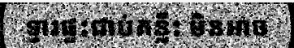
ទ្វារផ្ទះជាប់គន្លឹះ មិនអាច